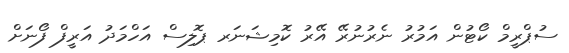
ސުޕްރީމް ކޯޓުން އަމުރު ނެރުނުރޭ އޭރު ކޮމިޝަނަރ ޕޮލިސް އަހްމަދު އަރީފް ފޯނަށް